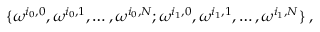
\{ \omega ^ { i _ { 0 } , 0 } , \omega ^ { i _ { 0 } , 1 } , \ldots , \omega ^ { i _ { 0 } , N } ; \omega ^ { i _ { 1 } , 0 } , \omega ^ { i _ { 1 } , 1 } , \ldots , \omega ^ { i _ { 1 } , N } \} \; ,